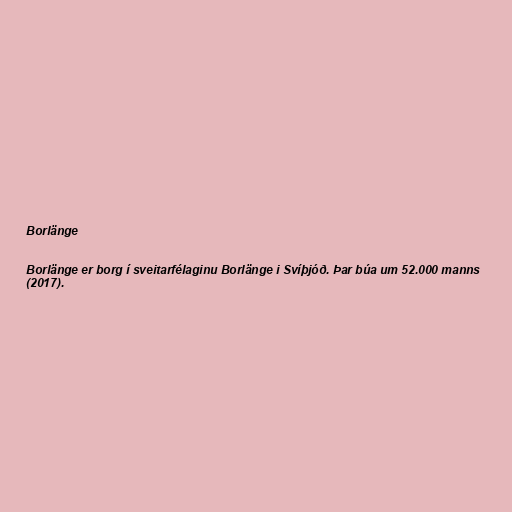
Borlänge

Borlänge er borg í sveitarfélaginu Borlänge i Svíþjóð. Þar búa um 52.000 manns
(2017).